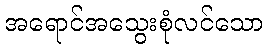
အရောင်အသွေးစုံလင်သော